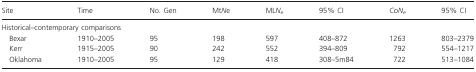
<table><thead><tr><td><b>Site</b></td><td><b>Time</b></td><td><b>No. Gen</b></td><td><b>Mt<i>N</i>e</b></td><td><b>ML<i>N</i><sub><i>e</i></sub></b></td><td><b>95% CI</b></td><td><b><i>CoN</i><sub><i>e</i></sub></b></td><td><b>95% CI</b></td></tr></thead><tbody><tr><td colspan="8">Historical–contemporary comparisons</td></tr><tr><td> Bexar</td><td>1910–2005</td><td>95</td><td>198</td><td>597</td><td>408–872</td><td>1263</td><td>803–2379</td></tr><tr><td> Kerr</td><td>1915–2005</td><td>90</td><td>242</td><td>552</td><td>394–809</td><td>792</td><td>554–1217</td></tr><tr><td> Oklahoma</td><td>1910–2005</td><td>95</td><td>129</td><td>418</td><td>308–5m84</td><td>722</td><td>513–1084</td></tr></tbody></table>